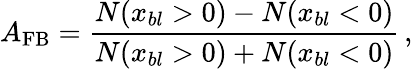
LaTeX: A_{\mathrm{FB}}=\frac{N(x_{bl}>0)-N(x_{bl}<0)}{N(x_{bl}>0)+N(x_{bl}<0)}\, ,